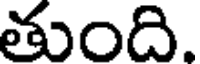
తుంది.